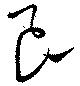
艮